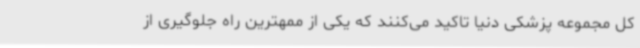
کل مجموعه پزشکی دنیا تاکید می‌کنند که یکی از ممهترین راه جلوگیری از